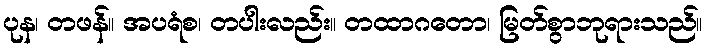
ပုန၊ တဖန်။ အပရံစ၊ တပါးလည်း။ တထာဂတော၊ မြတ်စွာဘုရားသည်။